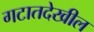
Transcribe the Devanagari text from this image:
गटातदेखील